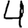
Digit: 4